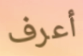
أعرف